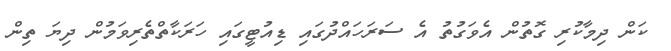
ކަން ދިމާކުރި ގޮތުން އެވަގުތު އެ ސަރަހައްދުގައި ޑިއުޓީގައި ހަރަކާތްތެރިވަމުން ދިޔަ ތިން